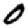
Digit: 0